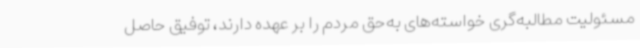
مسئولیت مطالبه‌گری خواسته‌های به‌حق مردم را بر عهده دارند، توفیق حاصل